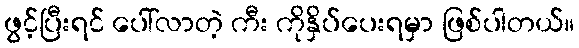
ဖွင့်ပြီးရင် ပေါ်လာတဲ့ ကီး ကိုနှိပ်ပေးရမှာ ဖြစ်ပါတယ်။